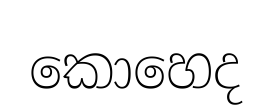
කොහෙද